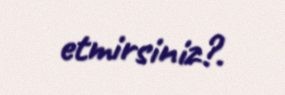
etmirsiniz?.